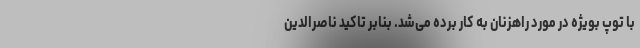
با توپ بویژه در مورد راهزنان به کار برده می‌شد. بنابر تاکید ناصرالدین